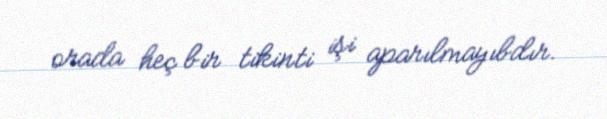
orada heç bir tikinti işi aparılmayıbdır.